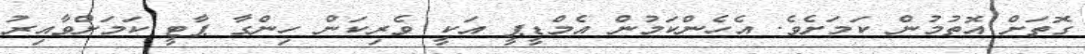
ގޮތަށް އޮތުމުން ކަމަށެވެ. އެހެންކަމުން އެމްޑީޕީ އަކީ ވެރިކަން ހިންގާ ޕާޓީ ކަމަށްވާއިރު